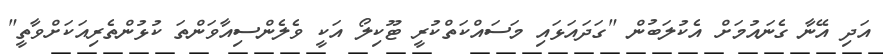
އަދި އޭނާ ގެނައުމަށް އެކުލަބުން "ގަދައަޅައި މަސައްކަތްކުރީ ޓޫކިލޯ އަކީ ވެލެންސިއާވަންތަ ކުޅުންތެރިއަކަށްވާތީ"